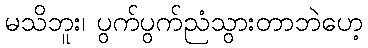
မသိဘူး၊ ပွက်ပွက်ညံသွားတာဘဲဟေ့